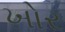
ખોર